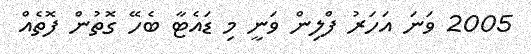
2005 ވަނަ އަހަރު ފްލިން ވަނީ މި ޑައެޓާ ބެހޭ ގޮތުން ފޮތެއް